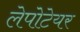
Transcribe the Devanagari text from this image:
लेपोटेयर